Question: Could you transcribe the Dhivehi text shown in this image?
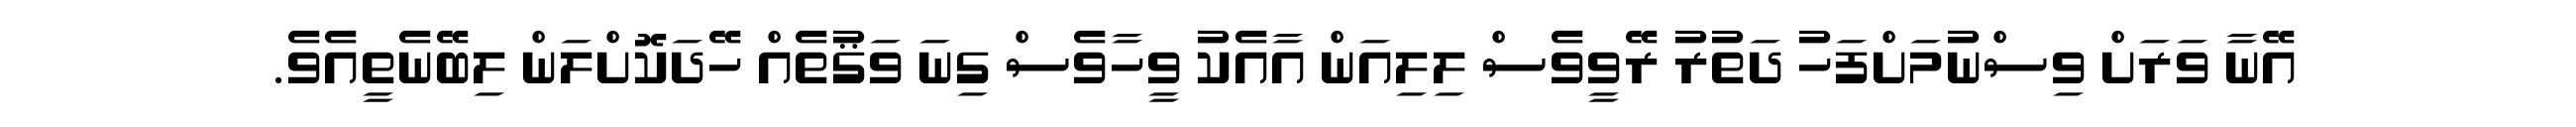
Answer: އޭނާ ވަރަށް ވިސްނުމަށްފަހު ދަތުރު ރޭވީވެސް ލިލިއަން އާއެކު ވީހާވެސް ގިނަ ވަޤުތެއް ހޭދަކޮށްލަން ލިބޭނެތީއެވެ.